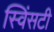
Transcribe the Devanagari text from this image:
स्विंसटी